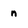
Character: n